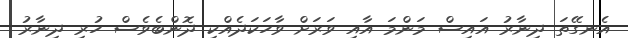
އެނގޭތަ ދިނާރު އައިސް މަންމަ އާއި ވަރަށް ވާހަކަދެއްކި ދޮންބެވެސް ހުރި ދިނާރު